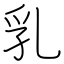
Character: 乳